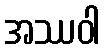
အဿဝါ